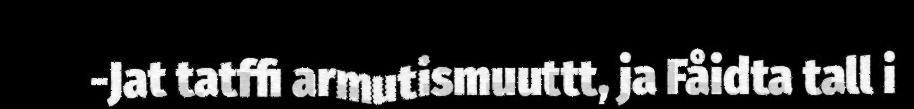
-Jat tatffi armutismuuttt, ja Fåidta tall i